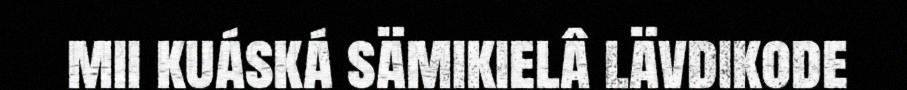
mii kuáská sämikielâ lävdikode